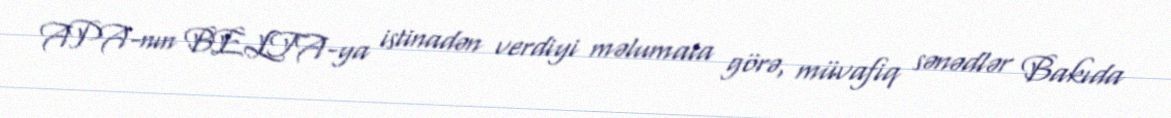
APA-nın BELTA-ya istinadən verdiyi məlumata görə, müvafiq sənədlər Bakıda